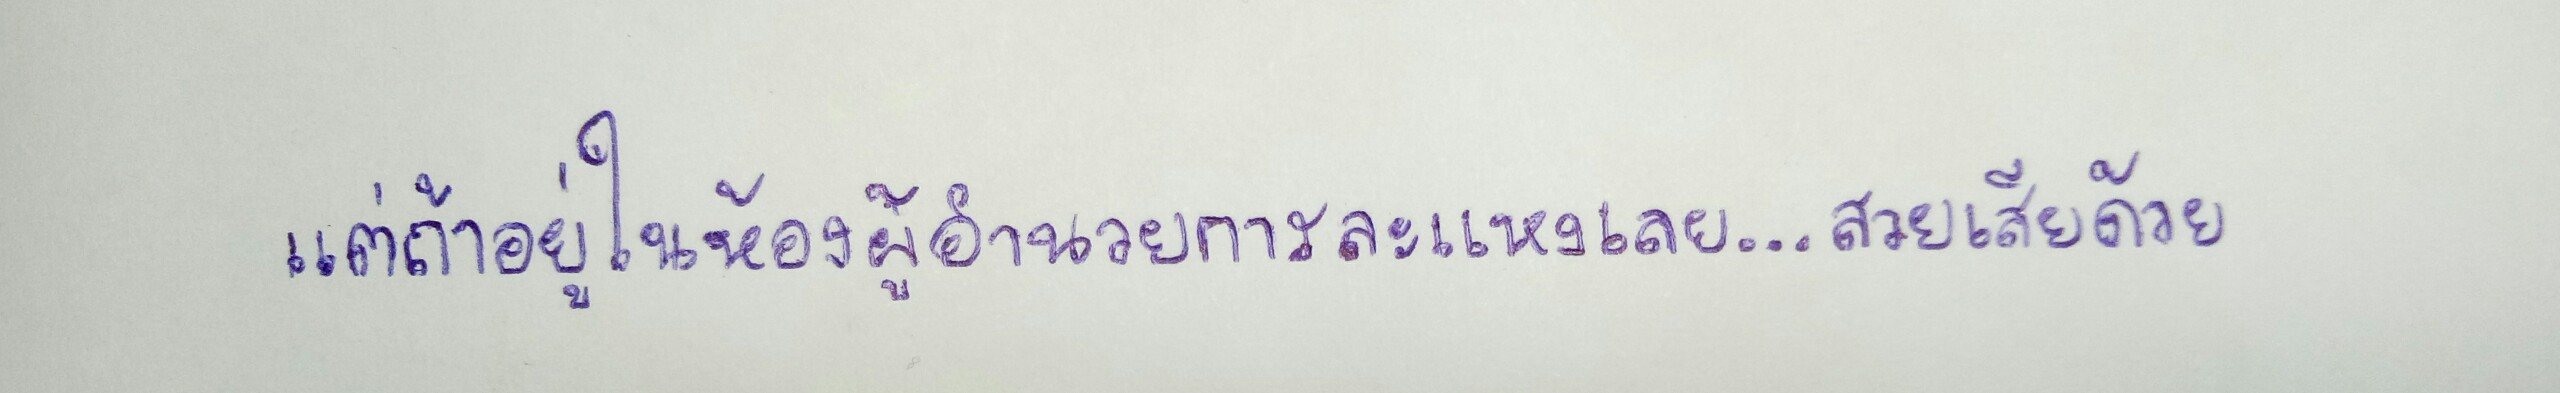
แต่ถ้าอยู่ในห้องผู้อำนวยการละแหงเลย...สวยเสียด้วย